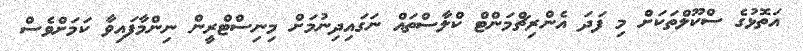
އަތޮޅުގެ ސްކޫލްތަކަށް މި ފަދަ އެންރިޗްމަންޓް ކްލާސްތައް ނަގައިދިނުމަށް މިނިސްޓްރީން ނިންމާފައިވާ ކަމަށްވެސް